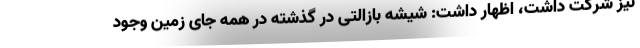
نیز شرکت داشت، اظهار داشت: شیشه بازالتی در گذشته در همه جای زمین وجود